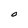
Character: O